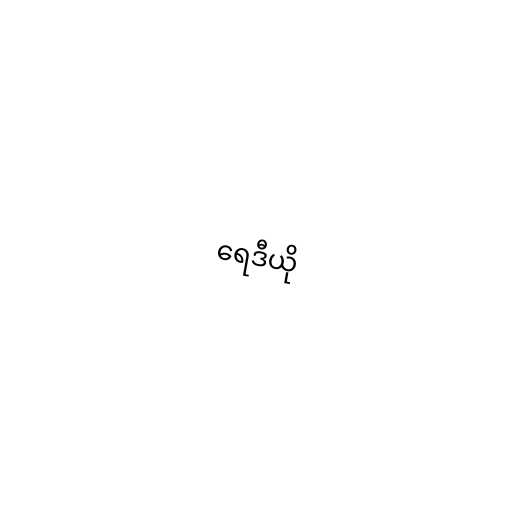
ရေဒီယို